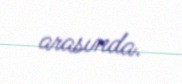
arasında.